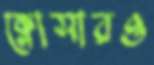
ক্লোসারও